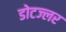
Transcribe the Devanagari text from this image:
डोटज्लर